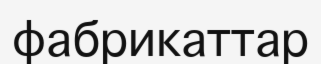
фабрикаттар